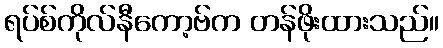
ရပ်စ်ကိုလ်နီကော့ဗ်က တန်ဖိုးထားသည်။